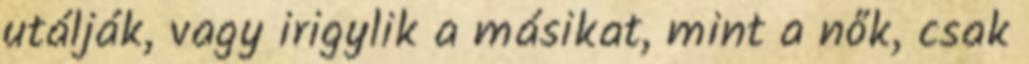
utálják, vagy irigylik a másikat, mint a nők, csak